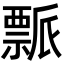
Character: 𬓘